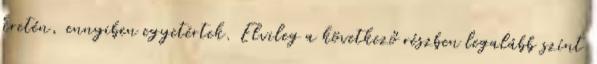
kretén, ennyiben egyetértek. Elvileg a következő részben legalább színt